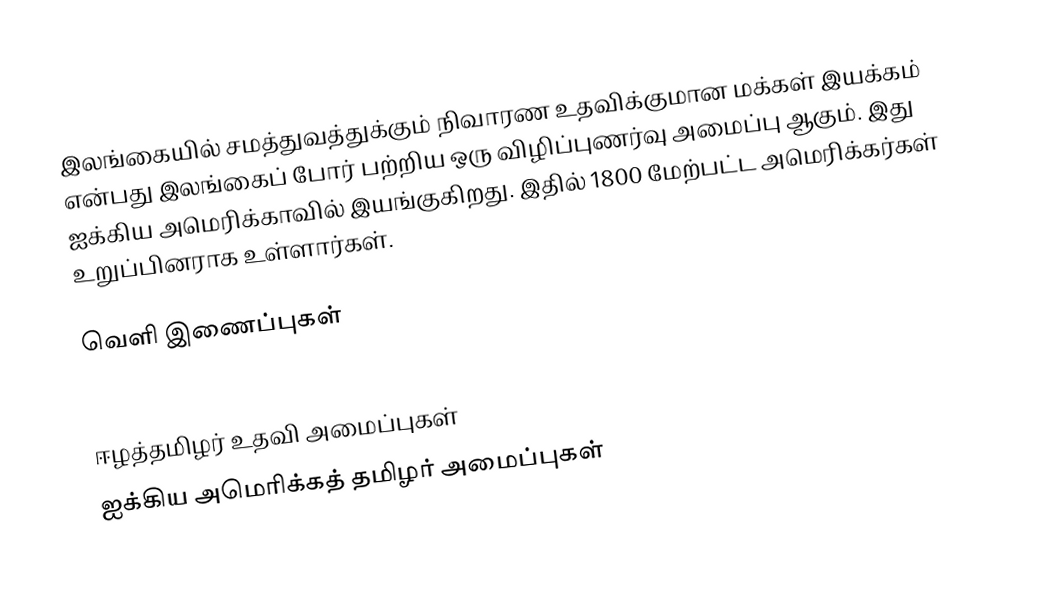
இலங்கையில் சமத்துவத்துக்கும் நிவாரண உதவிக்குமான மக்கள் இயக்கம் என்பது இலங்கைப் போர் பற்றிய ஒரு விழிப்புணர்வு அமைப்பு ஆகும். இது ஐக்கிய அமெரிக்காவில் இயங்குகிறது. இதில் 1800 மேற்பட்ட அமெரிக்கர்கள் உறுப்பினராக உள்ளார்கள்.

வெளி இணைப்புகள்
 http://www.pearlaction.org/

ஈழத்தமிழர் உதவி அமைப்புகள்
ஐக்கிய அமெரிக்கத் தமிழர் அமைப்புகள்